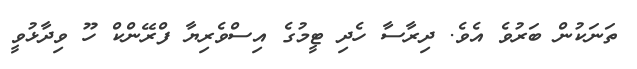
ތަނަކުން ބަރުވެ އެވެ. ދިރާސާ ހެދި ޓީމުގެ އިސްވެރިޔާ ފްރޭންކް ހޫ ވިދާޅުވީ